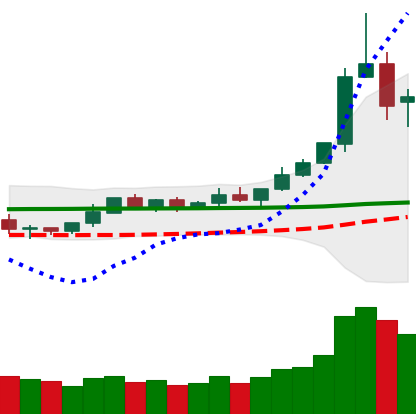
Ticker: DOGE-USD
Chart end date: 2020-02-11
Forward return: -8.78%
Label: down_7plus